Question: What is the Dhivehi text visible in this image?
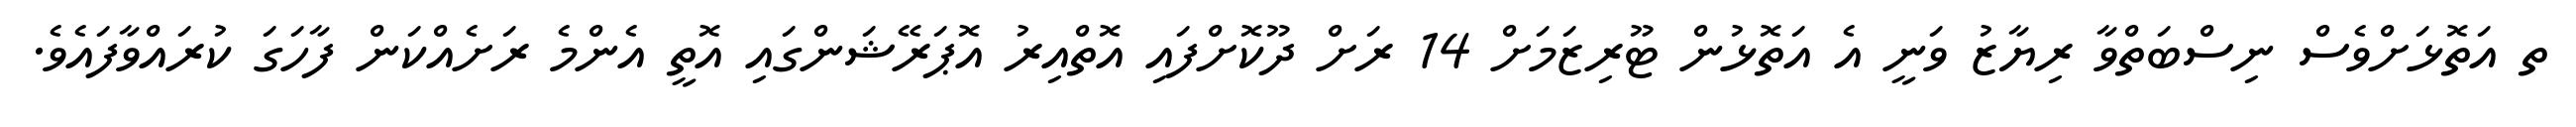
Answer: ތ އަތޮޅަށްވެސް ނިސްބަތްވާ ރިޔާޒު ވަނީ އެ އަތޮޅުން ޓޫރިޒަމަށް 14 ރަށް ދޫކޮށްފައި އޮތްއިރު އޮޕަރޭޝަންގައި އޮތީ އެންމެ ރަށެއްކަން ފާހަގަ ކުރައްވާފައެވެ.